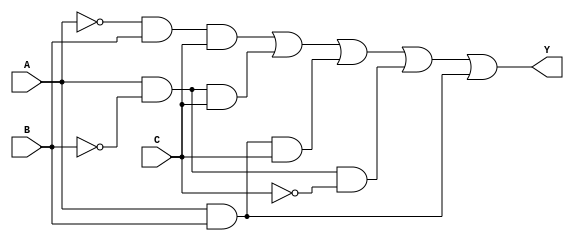
module kmap_3var (
    input wire A,  // Input variable A
    input wire B,  // Input variable B
    input wire C,  // Input variable C
    output wire Y  // Output Y
);

// The K-map simplification based on the provided layout and groups
// The K-map cells filled with 1s correspond to the following minterms:
// minterms: 1 (A'B'C), 3 (A'BC), 5 (AB'C), 7 (ABC), and 4 (AB'C')
assign Y = ( (~A & B & C) |  // minterm 1
             (A & ~B & C) |  // minterm 5
             (A & B & C) |    // minterm 7
             (A & ~B & ~C) |  // minterm 4
             (A & B) );        // minterm 3

endmodule